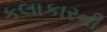
કલાકારની